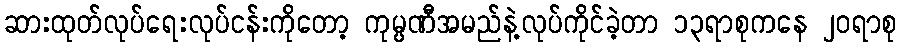
ဆားထုတ်လုပ်ရေးလုပ်ငန်းကိုတော့ ကုမ္ပဏီအမည်နဲ့လုပ်ကိုင်ခဲ့တာ ၁၃ရာစုကနေ ၂၀ရာစု